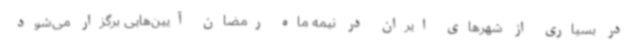
در بسیاری از شهرهای ایران در نیمه ماه رمضان آیین‌هایی برگزار می‌شود